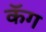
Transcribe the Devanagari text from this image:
कॅग